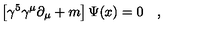
\left[ \gamma ^ { 5 } \gamma ^ { \mu } \partial _ { \mu } + m \right] \Psi ( x ) = 0 \quad ,